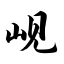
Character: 岘